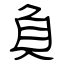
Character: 負